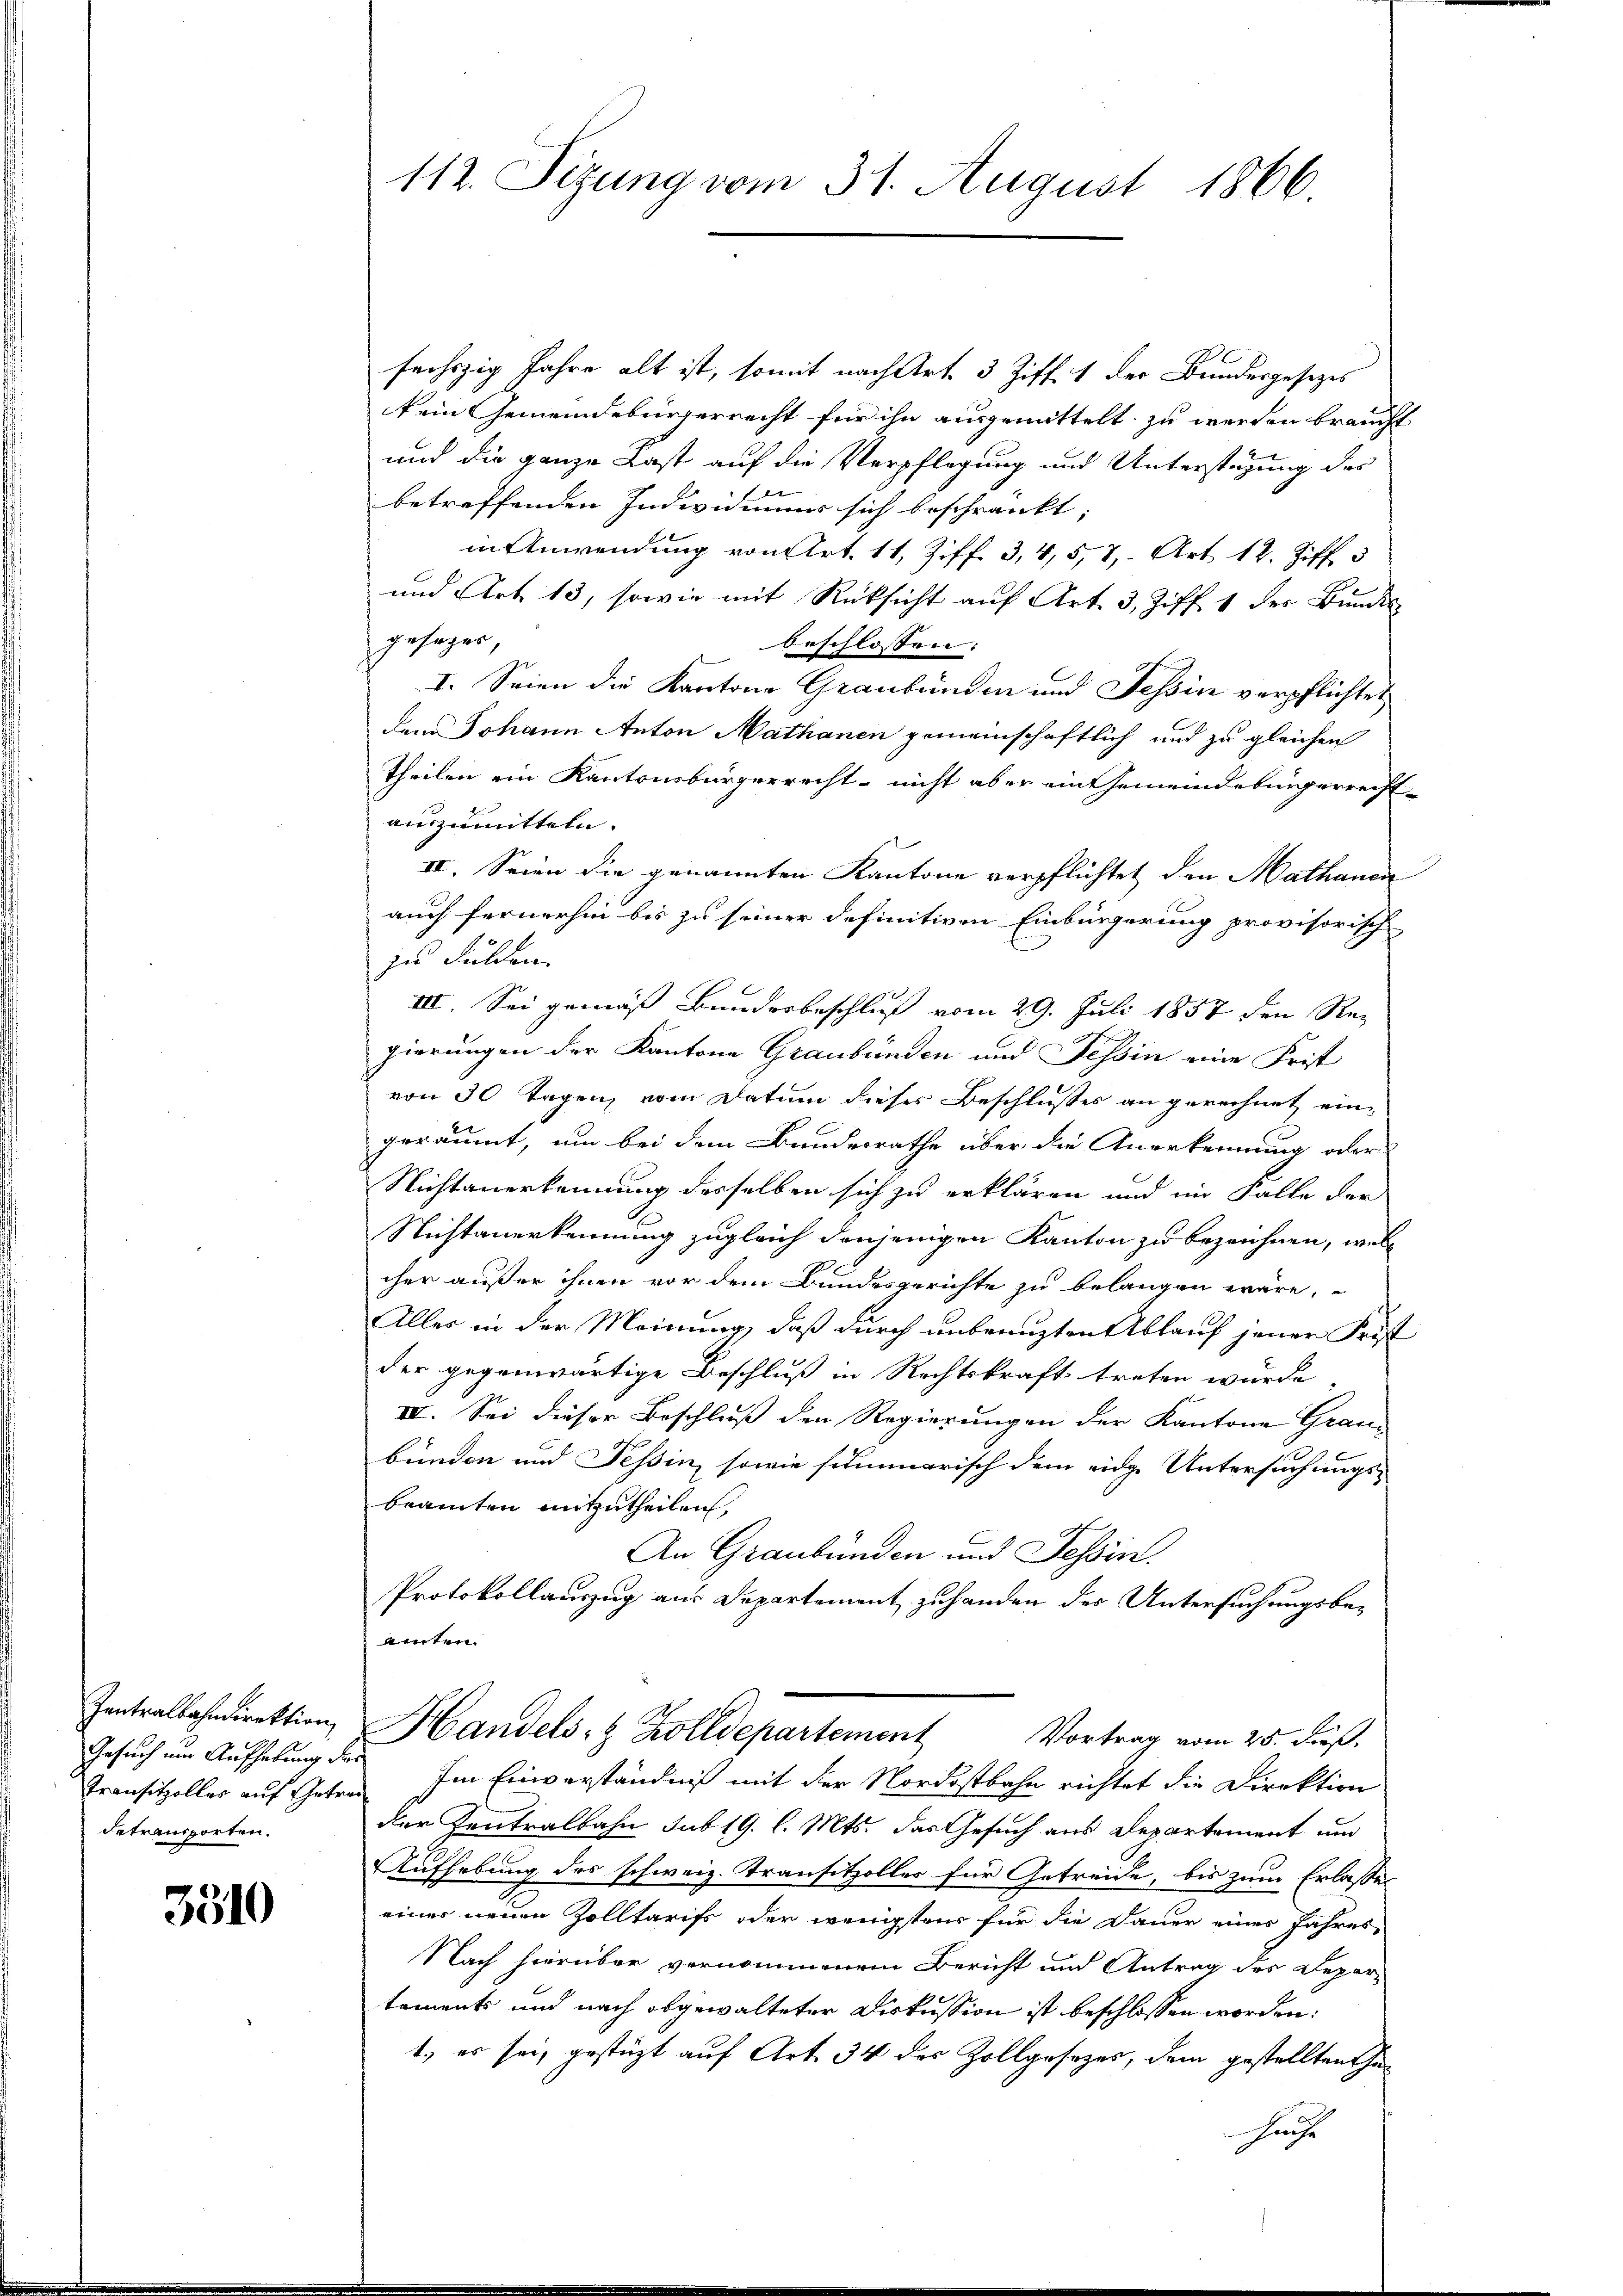
Zentralbahndirektion
Gesuch nur Aufhebung der
Transitzolles auf Getrei
detransporten.

3310

112. Sizung vom 31. August 1866

x
sechszig Jahre alt ist, somit nach Art. 3 Ziff. 1 der Bundesgesezes
kein Gemeindebürgerrecht für ihn ausgemittelt zu werden braucht
und die ganze Last auf die Verpflegung und Unterstüzung der
d
betreffenden Indivimus sich beschränkt;
in Anwendung von Art. 11, Ziff. 3, 4, 5, 7, Art 12. Ziff. 3
und Art 13, sowie mit Rücksicht auf Art. 3, Ziff. 1 des Bundes
gesages,
beschlossen:
I. Seien die Kantone Graubünden und Tessin verpflichtet
dem Johann Anton Mathanen gemeinschaftlich und zu gleichen
Theilen ein Kantonsbürgerrecht nicht aber ein Gemeindebürgerrecht
auszumitteln. |
II. Seien die genannten Kantone verpflichtet den Mathanen
auch fernerhin bis zu seiner definitiven Einbürgerung provisorisch
zu dulden.
III. Sei gemäß Bunderbeschluß vom 29. Juli 1857 den Regierungen der Kantone Graubünden und Tessin eine Frist
von 30 Tagen, vom Datum dieses Beschlusses an gerechnet ein-
geräumt, um bei dem Bundesrathe über die Anerkennung oder
Nichtanerkennung desselben sich zu erklären und im Falle der
Nichtanerkennung zugleich denjenigen Kanton zu bezeichnen, welc
cher außer ihnen vor dem Bundesgerichte zu belangen wäre,
Alles in der Meinung, daß durch unbrauzten Ablauf jener Frist
der gegenwärtige Beschluß in Rechtskraft treten wurde,
IV. Sei dieser Beschluß den Regierungen der Kantone Grau-
bünden und Tessin, sowie summarisch dem eidge Untersuchungsbeamten mitzutheilen,
An Graubünden und Tessin.
Protokollauszug aus Departement zuhanden des Untersuchungsbeamten.
Handels- & Zolldepartement
Vortrag vom 25. dieß.
Im Einverständniß mit der Nordostbahn richtet die Direktion
der Zentralbahn sub 19. l. Mts. das Gesuch aus Departement und
Aufhebung des schweiz. Transitzolles für Getreide, bis zum Erlasses
einer neuen Zolltarifs oder wenigstens für die Dauer eines Jahres-
Nach hierüber vernommenem Bericht und Antrag des Deperi
tements und nach abgewalteter Diskussion ist beschlossen worden:
1. es sei, gestüzt auf Art. 34 des Zollgesetzes, dem gestellten ha¬
Ha